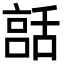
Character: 𦧨